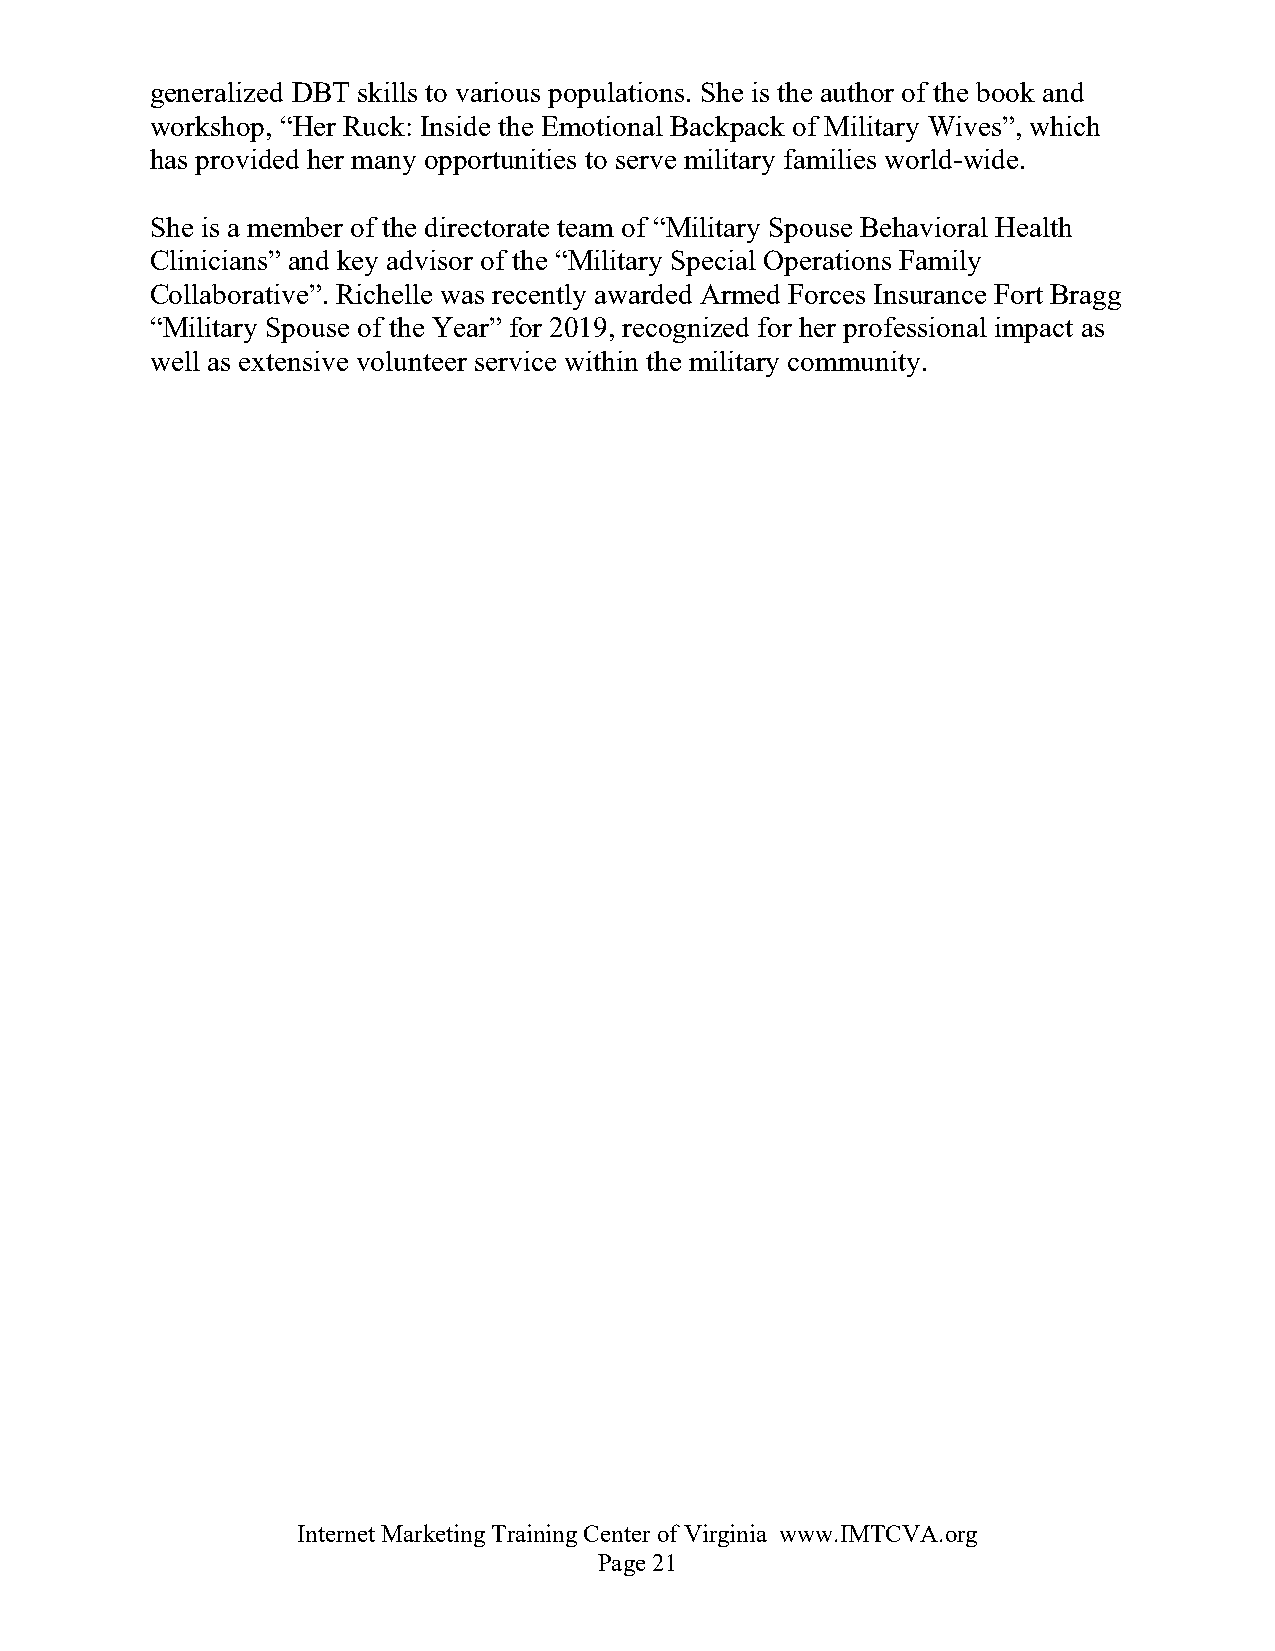
generalized DBT skills to various populations. She is the author of the book and
 workshop, “Her Ruck: Inside the Emotional Backpack of Military Wives”, which
 has provided her many opportunities to serve military families world-wide.
 She is a member of the directorate team of “Military Spouse Behavioral Health
 Clinicians” and key advisor of the “Military Special Operations Family
 Collaborative”. Richelle was recently awarded Armed Forces Insurance Fort Bragg
 “Military Spouse of the Year” for 2019, recognized for her professional impact as
 well as extensive volunteer service within the military community.
 Internet Marketing Training Center of Virginia www.IMTCVA.org
 Page 21